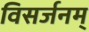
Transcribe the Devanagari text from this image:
विसर्जनम्